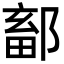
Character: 鄐